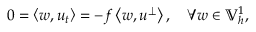
0 = \left\langle w , u _ { t } \right\rangle = - f \left\langle w , u ^ { \perp } \right\rangle , \quad \forall w \in \mathbb { V } _ { h } ^ { 1 } ,